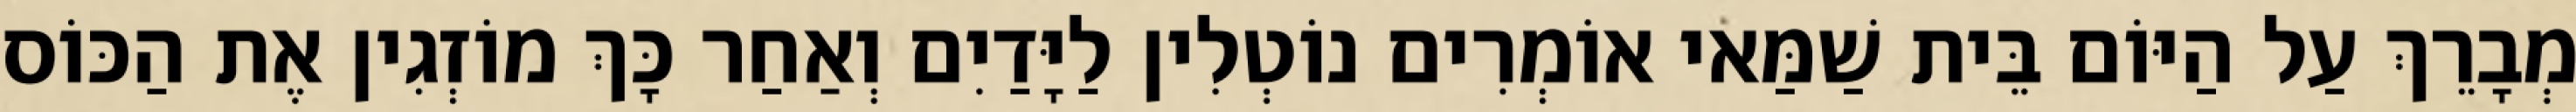
מְבָרֵךְ עַל הַיּוֹם בֵּית שַׁמַּאי אוֹמְרִים נוֹטְלִין לַיָּדַיִם וְאַחַר כָּךְ מוֹזְגִין אֶת הַכּוֹס